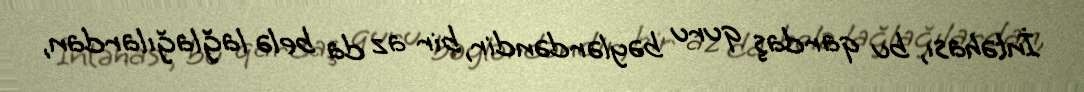
İntəhası, bu qardaş quru bəylərdəndir, bir az da belə lağlağılardan,